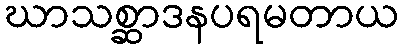
ဃာသစ္ဆာဒနပရမတာယ